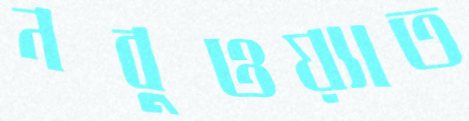
নবুওয়্যাত